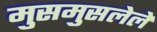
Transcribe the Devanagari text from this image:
मुसमुसलेले